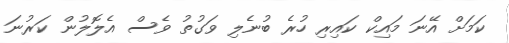
ކަމަށް އޭނަ މައިކް ކައިރި ހުރެ ބުނެލި ވަގުތު ވެސް އެލޮލުން ކަރުނަ